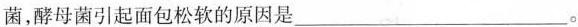
菌，酵母菌引起面包松软的原因是___。